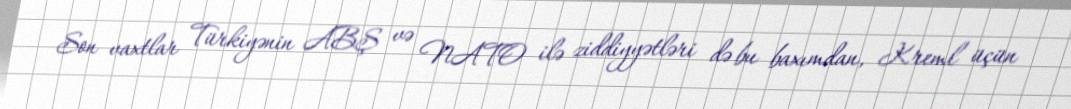
Son vaxtlar Türkiyənin ABŞ və NATO ilə ziddiyyətləri də bu baxımdan, Kreml üçün